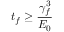
t _ { f } \geq \frac { \gamma _ { f } ^ { 3 } } { E _ { 0 } }